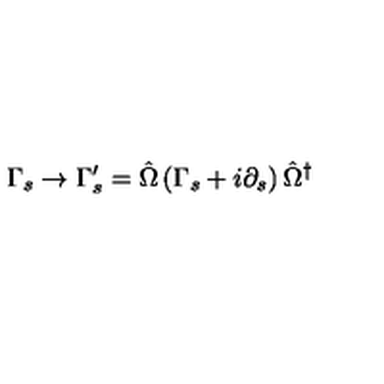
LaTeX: \Gamma _ { s } \rightarrow \Gamma _ { s } ^ { \prime } = \hat { \Omega } \left( \Gamma _ { s } + i \partial _ { s } \right) \hat { \Omega } ^ { \dagger }